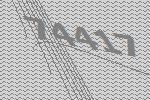
74417